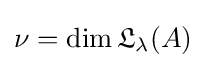
\nu =\dim {\mathfrak {L}}_{\lambda }(A)